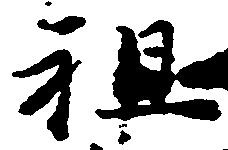
祖